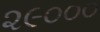
૨૯૦૦૦